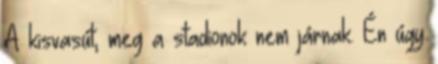
A kisvasút, meg a stadionok nem járnak. Én úgy